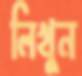
লিখুন